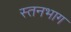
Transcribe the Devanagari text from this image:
स्तनभाग